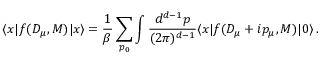
\langle x | f ( D _ { \mu } , M ) | x \rangle = \frac { 1 } { \beta } \sum _ { p _ { 0 } } \int \frac { d ^ { d - 1 } p } { ( 2 \pi ) ^ { d - 1 } } \langle x | f ( D _ { \mu } + i p _ { \mu } , M ) | 0 \rangle \, .